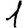
Digit: 1